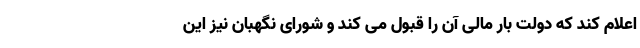
اعلام کند که دولت بار مالی آن را قبول می کند و شورای نگهبان نیز این